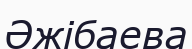
Әжібаева